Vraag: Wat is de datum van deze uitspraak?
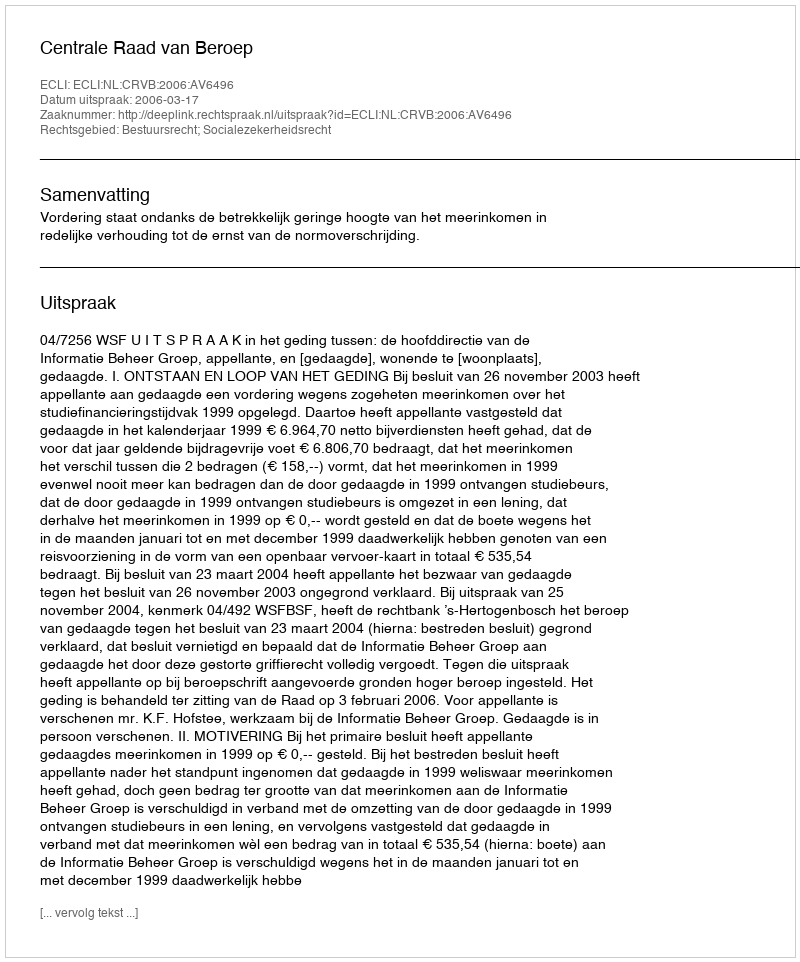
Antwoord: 2006-03-17